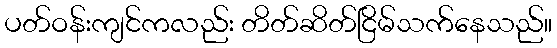
ပတ်ဝန်းကျင်ကလည်း တိတ်ဆိတ်ငြိမ်သက်နေသည်။